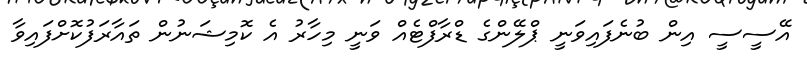
އޭސީސީ އިން ބުނެފައިވަނީ ޕްލޭންގެ ޑްރާފްޓެއް ވަނީ މިހާރު އެ ކޮމިޝަނުން ތައާރަފުކޮށްފައިވާ